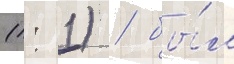
(1: 1) / бы́л